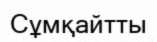
Сұмқайтты